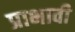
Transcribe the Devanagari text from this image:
प्राभावी